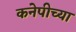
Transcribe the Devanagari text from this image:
कनेपीच्या